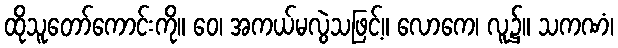
ထိုသူတော်ကောင်းကို။ ဝေ၊ အကယ်မလွဲသဖြင့်။ လောကေ၊ လူ၌။ သကဏံ၊